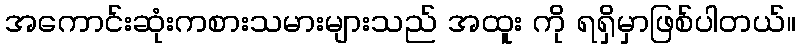
အကောင်းဆုံးကစားသမားများသည် အထူး ကို ရရှိမှာဖြစ်ပါတယ်။